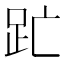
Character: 𮛇